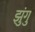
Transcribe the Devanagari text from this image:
झुंगु